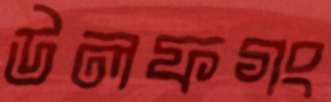
উলফগং